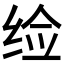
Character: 𬘪